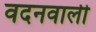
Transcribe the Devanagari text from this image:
वदनवाली